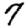
Digit: 7